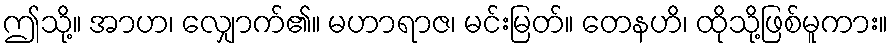
ဤသို့။ အာဟ၊ လျှောက်၏။ မဟာရာဇ၊ မင်းမြတ်။ တေနဟိ၊ ထိုသို့ဖြစ်မူကား။